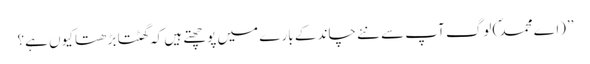
’’(اے محمد ؐ) لوگ آپ سے نئے چاند کے بارے میں پوچھتے ہیں کہ گھٹتا بڑھتا کیوں ہے؟